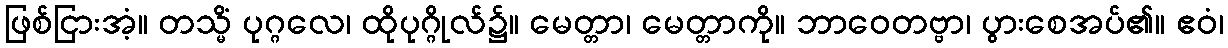
ဖြစ်ငြားအံ့။ တသ္မိံ ပုဂ္ဂလေ၊ ထိုပုဂ္ဂိုလ်၌။ မေတ္တာ၊ မေတ္တာကို။ ဘာဝေတဗ္ဗာ၊ ပွားစေအပ်၏။ ဧဝံ၊